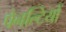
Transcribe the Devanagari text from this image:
पेनल्टियों